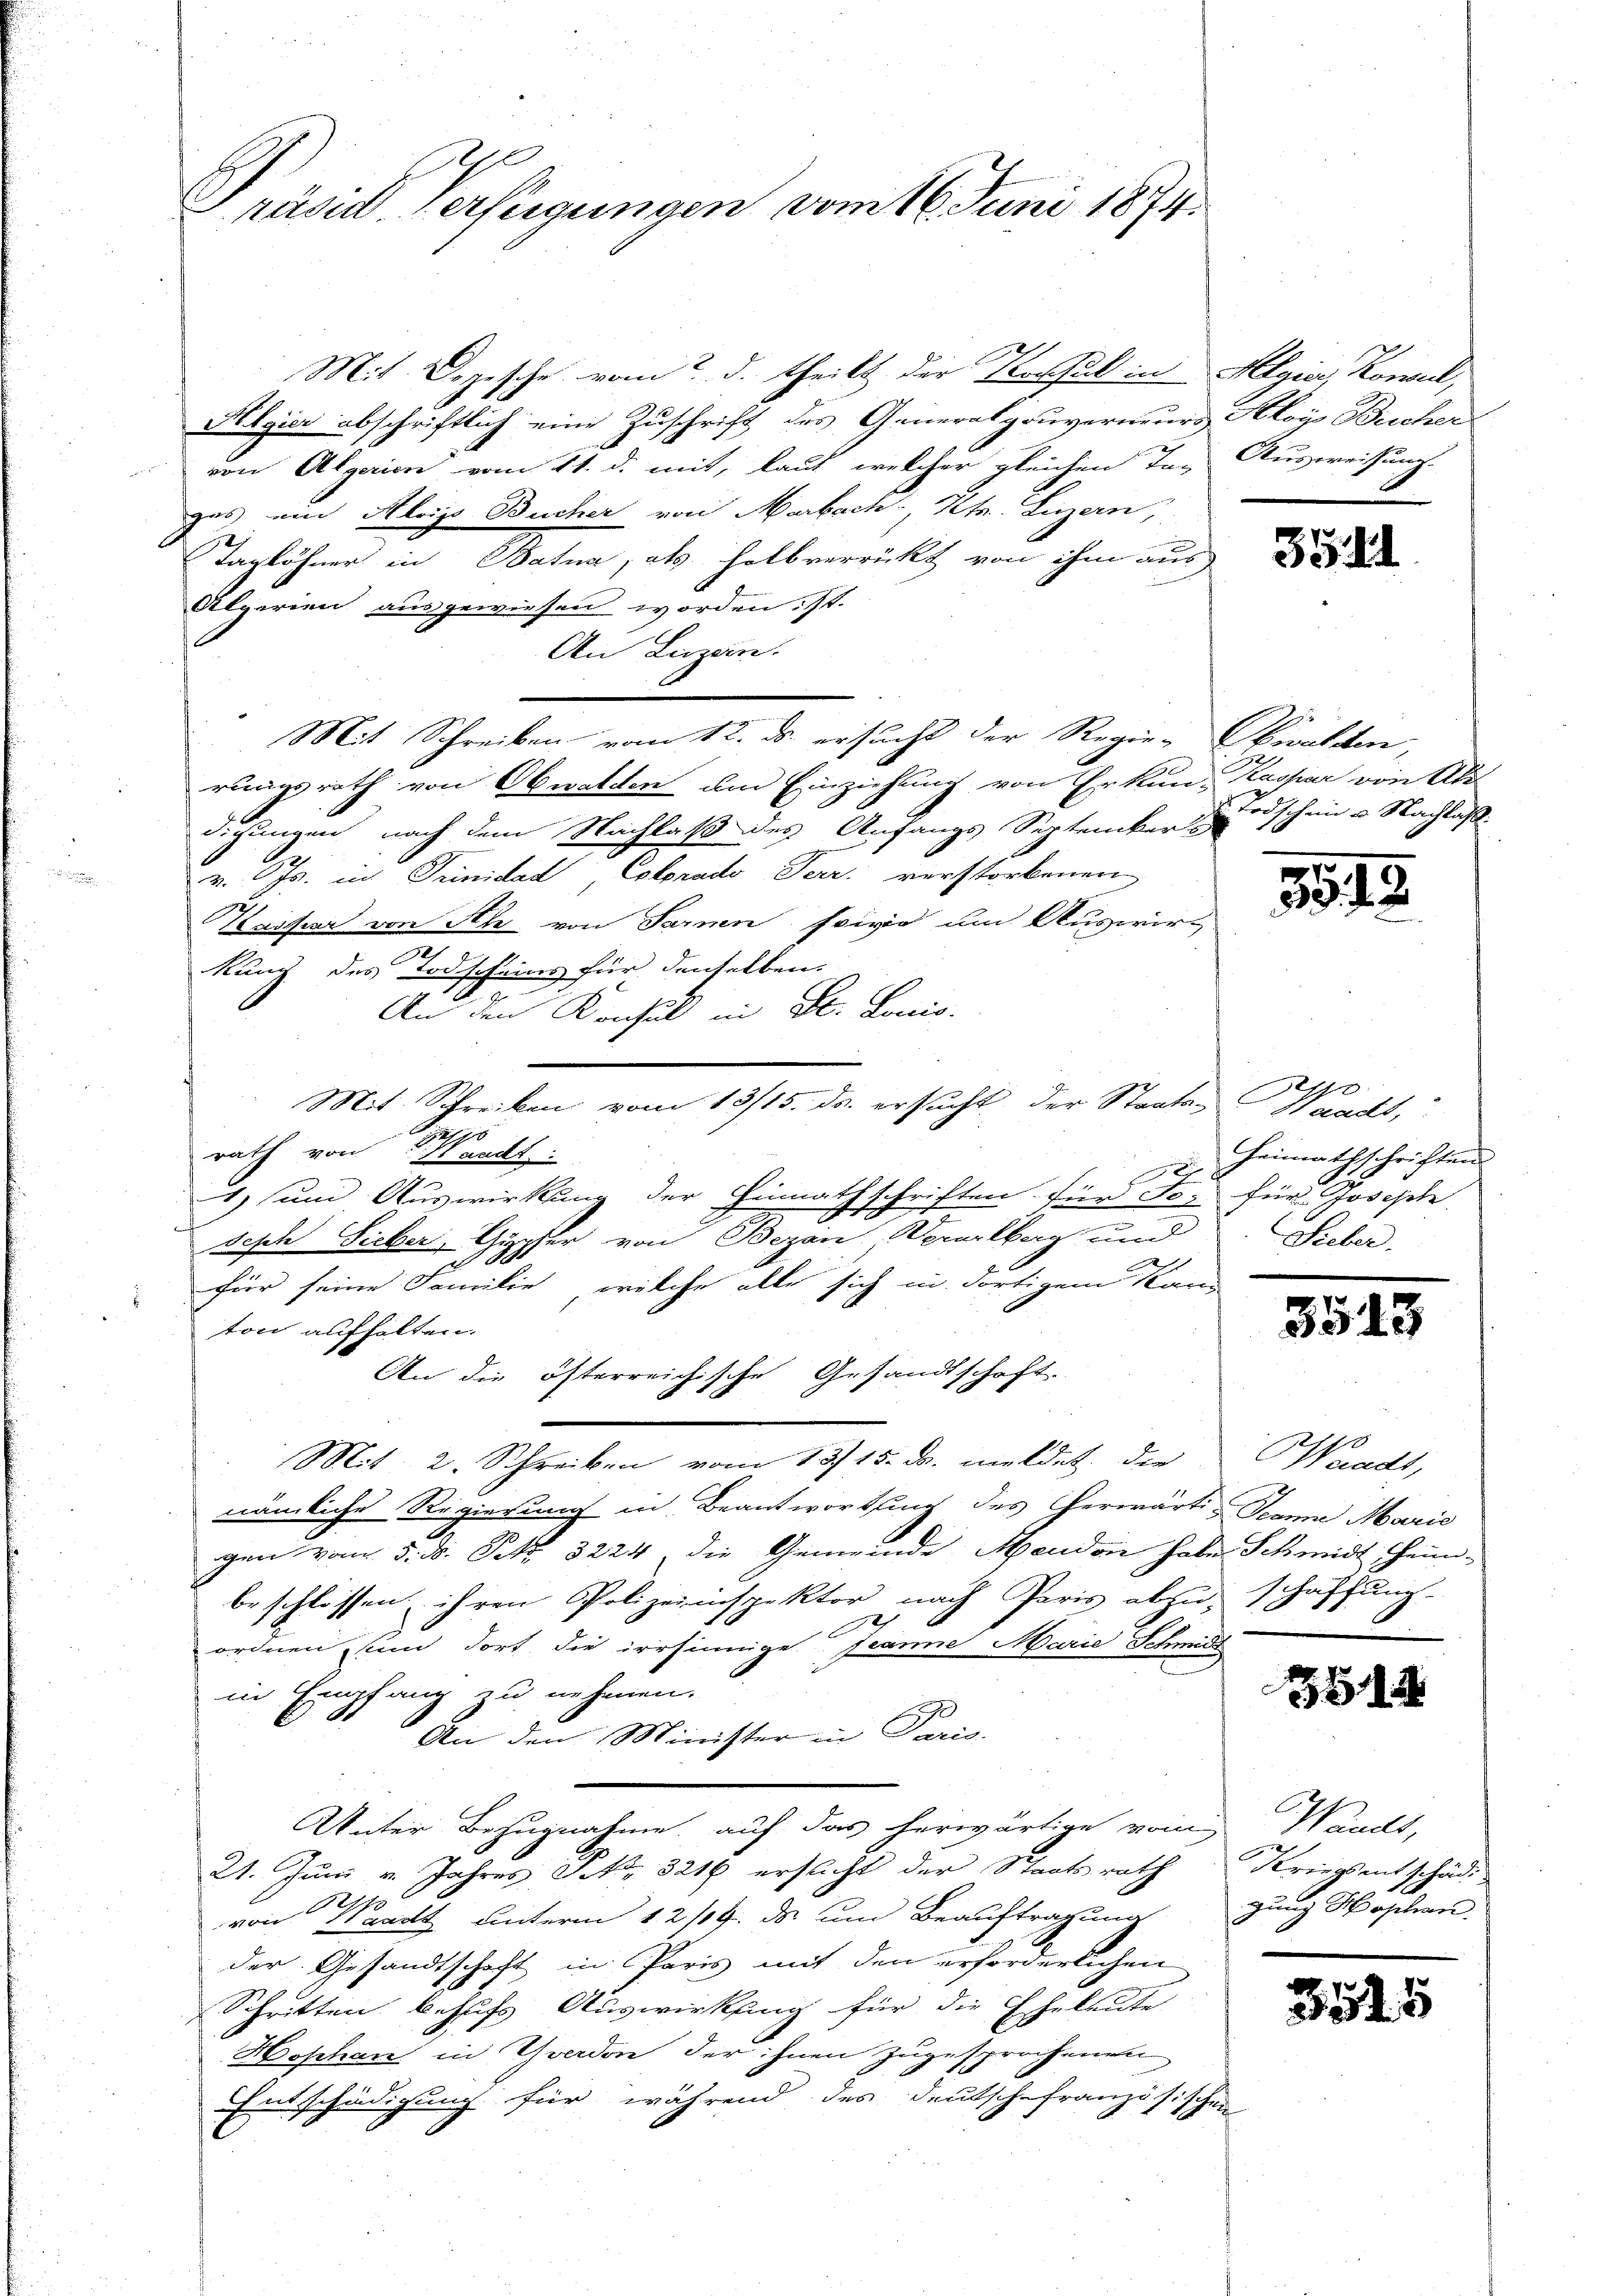
Prasil Verftigungen vom 16. Juni 1874.

Mit Depesche vom 2. d. theilt der Trossel in Algier, Kowal,
Algier abschriftlich eine Zuschrift des Generalgouverneurs Kloy Bucher
von Algerien vom 11. d. mit, laut, welcher gleichen Tag Ausweisung.
ges ein Alois Bucher von Marbach, Kts. Luzern,
Taglöhner in Batna, als Holbverrückt von ihm aus
Algerien ausgewiesen worden ist.
Au Luzern.
Mit Schreiben vom 12. ds. ersucht der Regie-Obwalden,
rungsrath von Obwalden um Einziehung von Erkun-Kaspar von Adel
digungen, nach dem Nachlaß des Anfangs September s
v. Js. in Junidad, Colorado Terr. verstorbenen
Kastiar von Ah von Sarnen sowie um Auswirt
kung des Todscheins für denselben,
27
An den Konsul in St. Lonio.
Mit Schreiben vom 13/15. ds. ersucht der Staates Waadt,
195
rath von Handt
1) um Auswirkung der Einnathschriften für For für Joseph
Seph Sieber, Gypfer von Bezon Aerarlberg und
7
für seine Familie, welche alle sich in dortigem Kand
ton aufhalten.
An die öfterreichische Gesandtschaft.
Mit 2. Schreiben vom 13. 15. ds. meldet, die
nämliche Regierung in Beantwortung des herwärti-Jean Marie
gen vom 5. d. Petr. 3224 die Gemeinde Mendon habe Schmidt Heim-
beschlossen, ihren Polizeiinspektor nach Paris abzu-
ordnen sind dort die irrsinnige Jeanne Marie Schmids
in Empfang zu nehmen.
An den Minister in Paris.
Unter Bezugnahme auf das herwärtige vom Waadt,
21. Juni v. Jahres Sekr. 321 ersucht der Staatsrath Kriegsentschädi
von Waadt unterm 12/9. ds. um Beauftragung
der Gesandtschaft in Paris mit den erforderlichen
Schritten behufs Auswirkung für die Eheleute
Hophan in Yverdon der ihnen zugesprochenen
Entschädigung für während des deutschefranzösischen

3511

Todschein u. Nachlaß.

1348

Heimathschriftend
Sieber.

3515

Waadt,
schaffung

2

gung Hophan,

.12
45